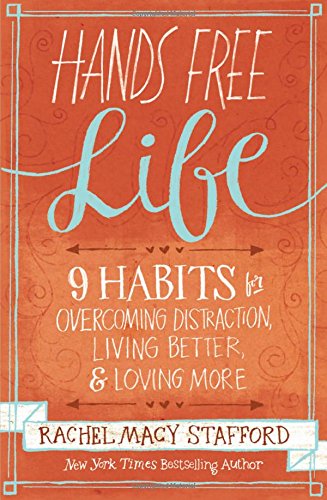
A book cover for Hands Free Life: Nine Habits for Overcoming Distraction, Living Better, and Loving More; Rachel Macy Stafford; Parenting & Relationships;